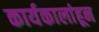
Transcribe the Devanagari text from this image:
कार्यकालांहून